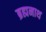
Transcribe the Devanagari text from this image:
ब्रह्मनाथ